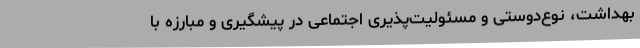
بهداشت، نوع‌دوستی و مسئولیت‌پذیری اجتماعی در پیشگیری و مبارزه با